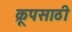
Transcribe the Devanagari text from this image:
क्रूपसाठी